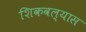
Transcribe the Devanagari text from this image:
शिकवल्यास